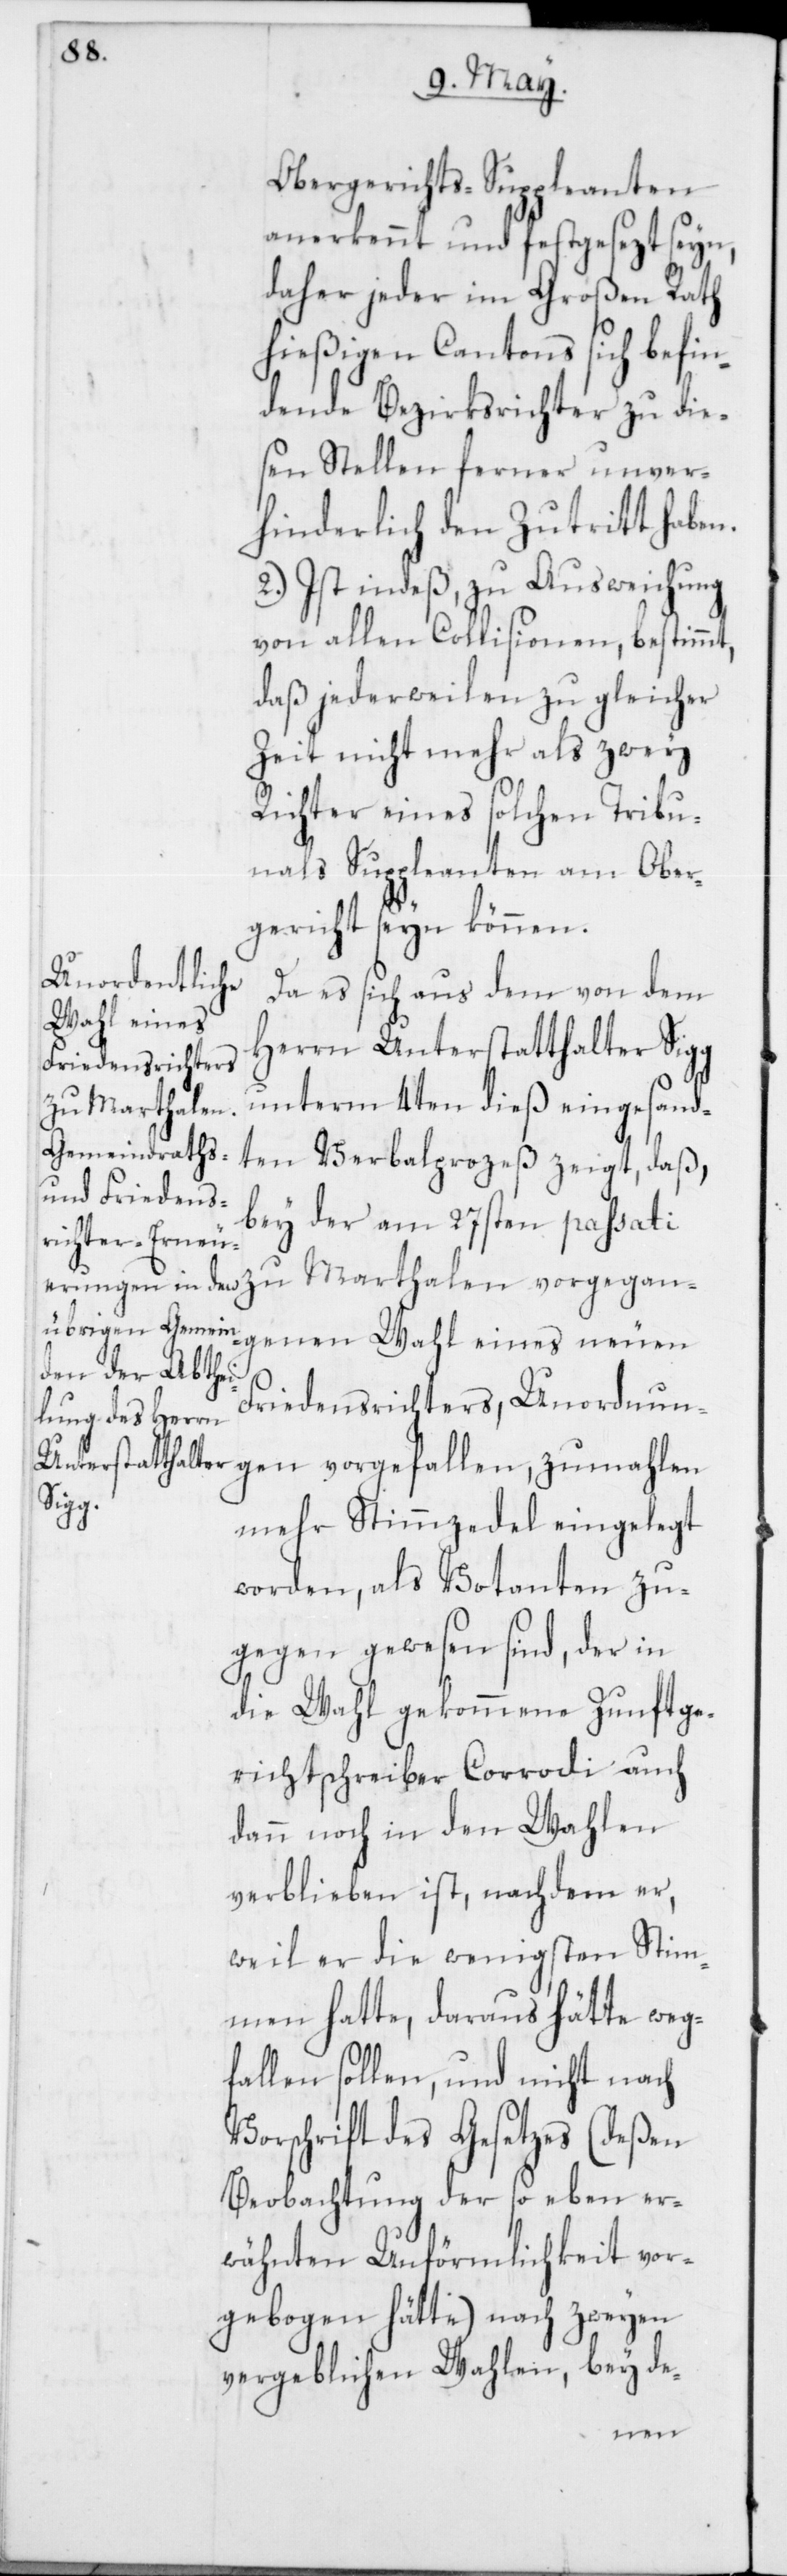
Obergerichts-Suppleanten
anerkennt und festgesezt seyn,
daher jeder im Großen Rath
hießigen Cantons sich befin¬
dende Bezirksrichter zu die¬
sen Stellen ferner unver¬
hinderlich den Zutritt haben.
2.) Ist indeß, zu Ausweichung
von allen Collisionen, bestimmt,
daß jederweilen zu gleicher
Zeit nicht mehr als zwey
Richter eines solchen Tribu¬
nals Suppleanten am Ober¬
gericht seyn können.
Da es sich aus dem von dem
Herrn Unterstatthalter Sigg
unterm 4ten dieß eingesand¬
zu Marthalen
ten Verbalprozeß zeigt, daß,
bey der am 27sten passati
angenen Wahl eines neuen
Friedensrichters, Unordnun¬
gen vorgefallen, zumahlen
vorgeg¬
mehr Stimmzedel eingelegt
worden, als Votanten zu¬
gegen gewesen sind, der in
die Wahl gekommene Zunftge¬
richtschreiber Corrodi auch
dann noch in den Wahlen
verblieben ist, nachdem er,
weil er die wenigsten Stim¬
men hatte, daraus hätte weg¬
fallen sollen, und nicht nach
Vorschrift des Gesetzes (deßen
Beobachtung der so eben er¬
wähnten Unförmlichkeit vor¬
gebogen hätte) nach zweyen
vergeblichen Wahlen, bey de-